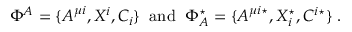
\Phi ^ { A } = \{ A ^ { \mu i } , X ^ { i } , C _ { i } \} \; \; \mathrm { a n d } \; \; \Phi _ { A } ^ { \star } = \{ A ^ { \mu i \star } , X _ { i } ^ { \star } , C ^ { i \star } \} \; .